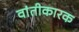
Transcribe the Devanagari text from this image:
वांतीकारक